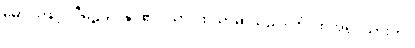
မောင်းဖြင့်။ ပီဠေသိ၊ နှိပ်၏။ သာ၊ ထိုသာမာသည်။ တံ၊ ထိုအရှင်သားကို။